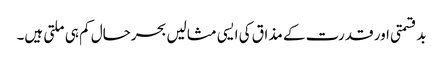
بدقسمتی اور قدرت کے مذاق کی ایسی مثالیں بحرحال کم ہی ملتی ہیں۔